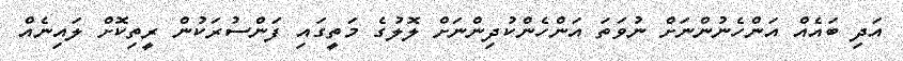
އަދި ބައެއް އަންހެނުންނަށް ނުވަތަ އަންހެންކުދިންނަށް ލޮލުގެ މަތީގައި ފަންސުރަކުން ރީތިކޮށް ލައިނެއް